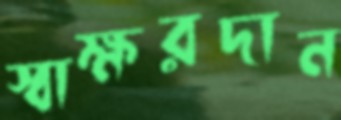
স্বাক্ষরদান